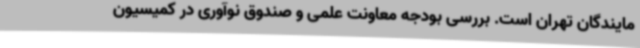
مایندگان تهران است. بررسی بودجه معاونت علمی و صندوق نوآوری در کمیسیون